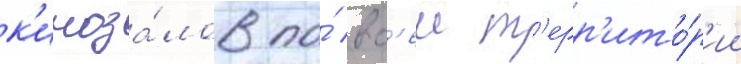
к'иноза́лов по́ вс'еи т'ерр'ито́р'ии